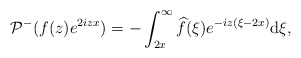
\begin{align*} & \mathcal{P}^- ( f(z) e^{ 2izx}) =- \int_{2x}^\infty \widehat{f} (\xi)e^{-iz(\xi-2x) } \mathrm{d}\xi,\end{align*}